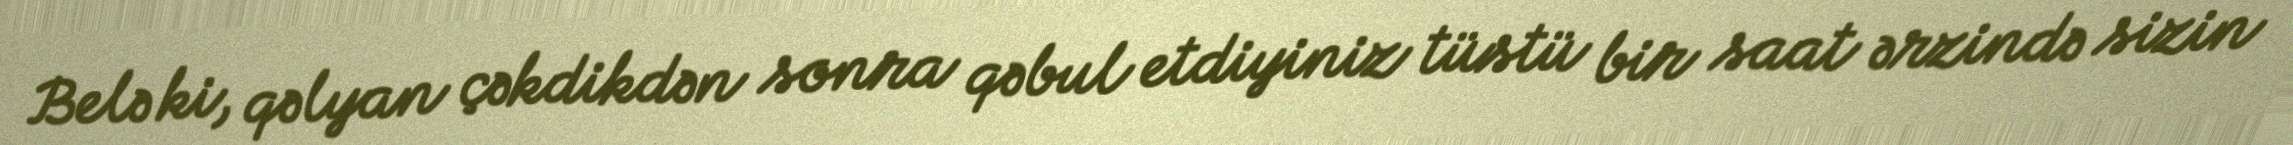
Belə ki, qəlyan çəkdikdən sonra qəbul etdiyiniz tüstü bir saat ərzində sizin